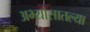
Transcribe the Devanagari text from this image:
अभ्यासातल्या